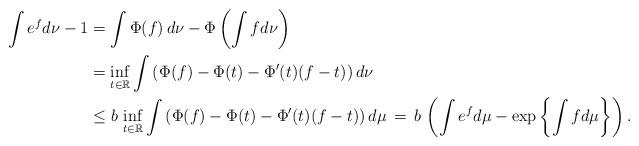
LaTeX: \begin{align*}\int e^f d\nu - 1& =\int \Phi(f)\, d\nu - \Phi \left( \int fd\nu \right) \\& = \inf_{t \in \mathbb{R}} \int \left(\Phi(f)- \Phi(t) - \Phi'(t)(f-t) \right) d\nu \\& \leq b\, \inf_{t \in \mathbb{R}} \int \left(\Phi(f)-\Phi(t) - \Phi'(t)(f-t)\right) d\mu \, = \,b\, \left( \int e^f d\mu - \exp \left\{ \int f d\mu \right\} \right) .\end{align*}